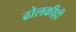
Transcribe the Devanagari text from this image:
ढोलकीही